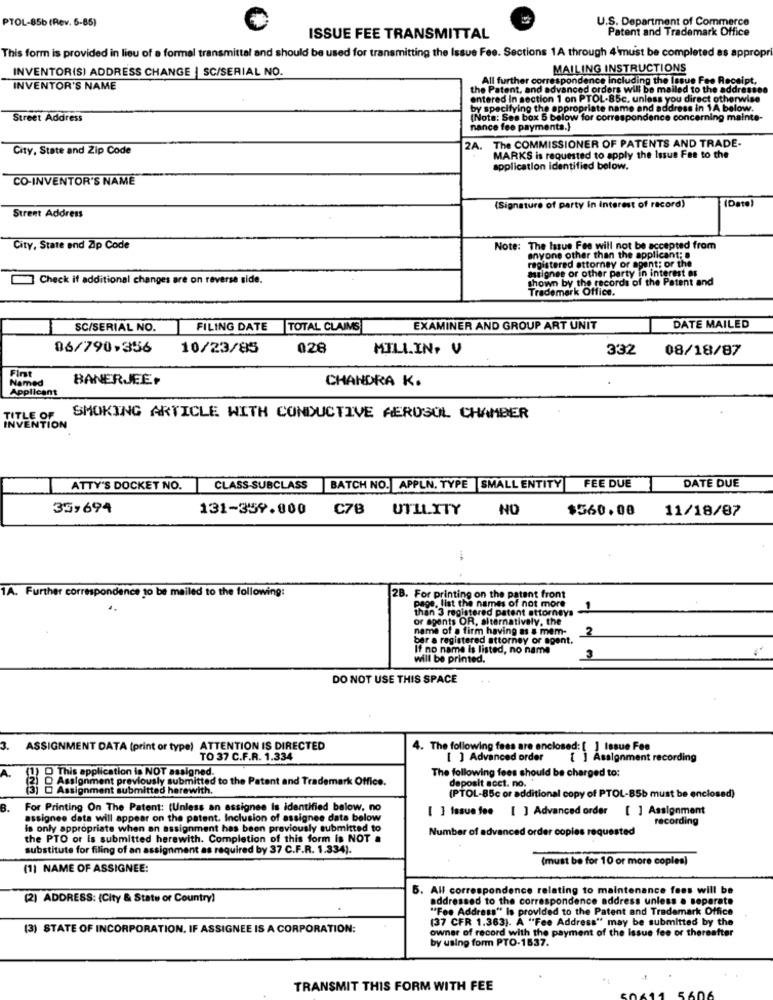
PTOL-85b (Rev. 5-85)
U.S. Department of Commerce
Patent and Trademark Office
ISSUE FEE TRANSMITTAL
This form is provided in lieu of a formal transmittal and should be used for transmitting the Issue Fee. Sections 1A through 4 must be completed as appropri
INVENTOR(S) ADDRESS CHANGE | SC/SERIAL NO.
MAILING INSTRUCTIONS
All further correspondence including the Issue Fee Receipt.
INVENTOR'S NAME
the Patent, and advanced orders will be mailed to the addressee
entered In section 1 on PTOL-85c. unless you direct otherwise
by specifying the appropriate name and address in 1A below.
Street Address
(Nota: Ses box 5 below for correspondence concerning mainte-
nance fee payments.}
City, State and Zip Code
2A.
The COMMISSIONER OF PATENTS AND TRADE-
MARKS is requested to apply the Issue Fas to the
application identified below.
CO-INVENTOR'S NAME
(Date)
(Signature of party in interest of record)
Street Address
City, State end Zip Code
Note: The Issue Fee will not be accepted from
anyone other than the applicant;
registered attorney or agent; or the
Check if additional changes are on reverse side.
shown by the records of the Patent and
surignee or other party in inte
Trademark Office.
SC/SERIAL NO.
FILING DATE TOTAL CLAIMS
EXAMINER AND GROUP ART UNIT
DATE MAILED
06/790-356
10/23/85
028
MILLIN, V
332
08/18/87
First
Named
BANERJEE.
CHANDRA K.
Applicant
TITLE OF
SMOKING ARTICLE WITH CONDUCTIVE AEROSOL CHAMBER
INVENTION
ATTY'S DOCKET NO.
CLASS-SUBCLASS
BATCH NO. APPLN, TYPE |SMALL ENTITY
FEE DUE
DATE DUE
35,694
131-359.000
C78 UTILITY
NO
$560.00
11/18/87
IA. Further correspondence 10 be mailed to the following:
2B. For printing on the patent front
page. list the names of not more
than 3 registered patent attorneys
of
or agents OR, alternatively, the
or 890
name of a firm having as & mem-
2
ber a registered attorney or agent.
If no name is listed, no name
will be printed.
3
DO NOT USE THIS SPACE
ASSIGNMENT DATA (print or type) ATTENTION IS DIRECTED
4. The following fees are enclosed: [ ] Issue Fee
TO 37 C.F.R. 1.334
[ ] Advanced order
Assignment recording
This application is NOT assigned.
The following fees should be charged to:
(2) Assignment previously submitted to the Patent and Trademark Office.
Assignment submitted herewith.
deposit acct. no.
(PTOL-85c or additional copy of PTOL-85b must be enclosed)
B.
For Printing On The Patent: (Unless an assignee is identified balow, no
[ ] Issue fee [ ] Advanced order [ ] Assignment
assignee data will appear on the patent. Inclusion of assignee data below
recording
is only appropriate when an assignment has been previously submitted to
Number of advanced order copies requested
the PTO or is submitted herewith. Completion of this form is NOT a
substitute for filing of an assignment as required by 37 C.F.R. 1.334).
(must be for 10 or more coples)
(1) NAME OF ASSIGNEE:
. All correspondence relating to maintenance fees will be
(2) ADDRESS: {City & State or Country)
addressed to the correspondence address unless a separate
"Fee Address" Is provided to the Patent and Trademark Office
(37 CFR 1.363). A "Fee Address" may be submitted by the
(3) STATE OF INCORPORATION, IF ASSIGNEE IS A CORPORATION:
owner of record with the payment of the Issue fee or thereafter
by using form PTO-1537.
TRANSMIT THIS FORM WITH FEE